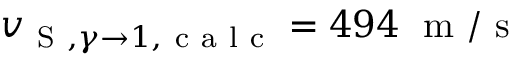
v _ { \mathrm { ~ S ~ } , \gamma \to 1 , \mathrm { ~ c ~ a ~ l ~ c ~ } } = 4 9 4 \; \mathrm { ~ m ~ } / \mathrm { ~ s ~ }